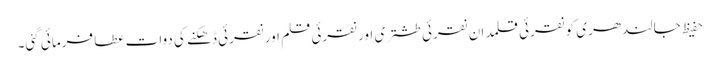
حفیظ جالندھری کو نقرئی قلمدان نقرئی طشتری اور نقرئی قلم اور نقرئی ڈھکنے کی دوات عطا فرمائی گئی۔